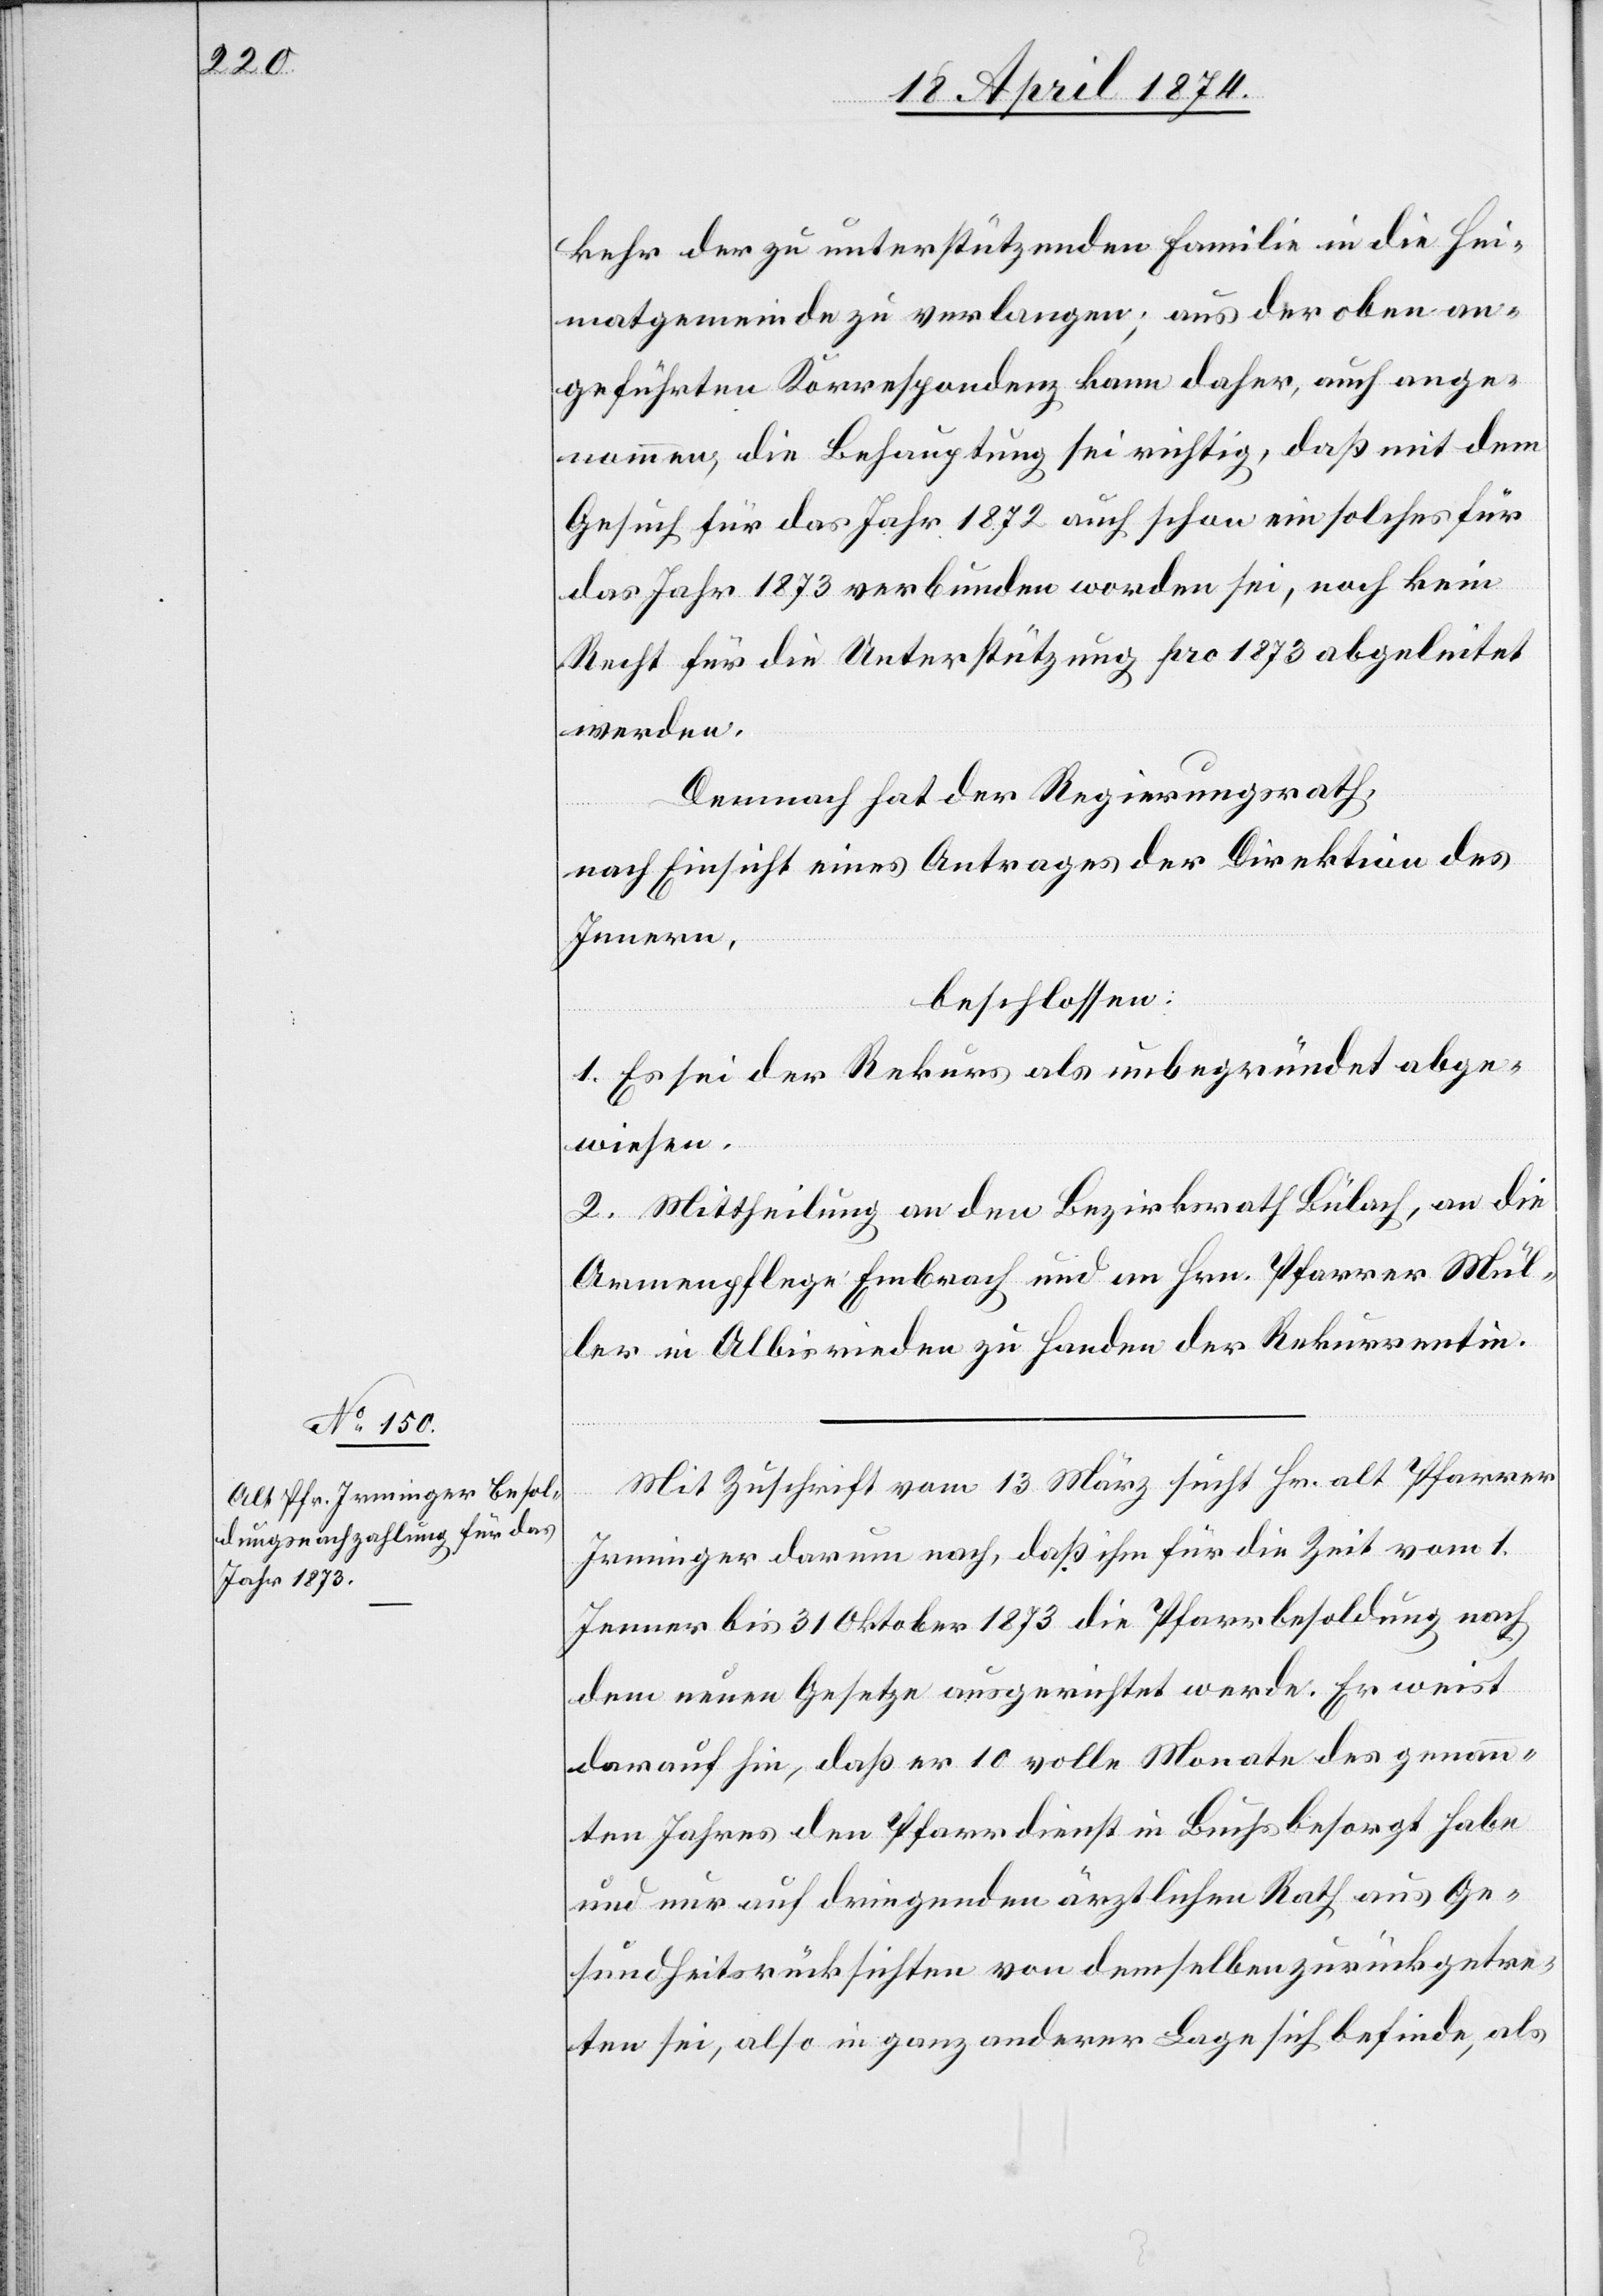
kehr der zu unterstützenden Familie in die Hei¬
matgemeinde zu verlangen, aus der oben an¬
geführten Korrespondenz kann daher, auch ange¬
nommen, die Behauptung sei richtig, daß mit dem
Gesuch für das Jahr 1872 auch schon ein solches für
das Jahr 1873 verbunden worden sei, noch kein
Recht für die Unterstützung pro 1873 abgeleitet
werden.
Demnach hat der Regierungsrath,
nach Einsicht eines Antrages der Direktion des
Innern,
beschlossen:
1. Es sei der Rekurs als unbegründet abge¬
wiesen.
2. Mittheilung an den Bezirksrath Bülach, an die
Armenpflege Embrach und an Hrn. Pfarrer Mül¬
ler in Albisrieden zu Handen der Rekurrentin.
Mit Zuschrift vom 13. März sucht Hr. alt Pfarrer
Irminger darum nach, daß ihm für die Zeit vom 1.
Jenner bis 31. Oktober 1873 die Pfarrbesoldung nach
dem neuen Gesetze ausgerichtet werde. Er weist
darauf hin, daß er 10 volle Monate des genann¬
ten Jahres den Pfarrdienst in Buchs besorgt habe
und nur auf dringenden ärztlichen Rath aus Ge¬
sundheitsrücksichten von demselben zurückgetre¬
ten sei, also in ganz anderer Lage sich befinde, als